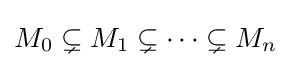
M_{0}\subsetneq M_{1}\subsetneq \cdots \subsetneq M_{n}